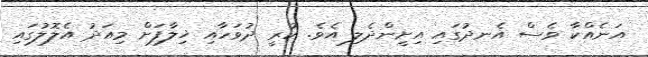
އަނެއްކާ ވެސް އެނދުގައި އިށީންދެލި އެވެ. ކުރީ ދުވަހާއި ޚިލާފަށް މިއަދު އެލޮލުގައި